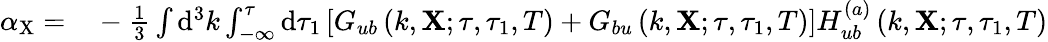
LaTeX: \begin{array}{rl}{\alpha_{\mathrm{X}}=}&{{}-\frac{1}{3}\int\mathrm{d}^{3}k\int_{-\infty}^{\tau}\mathrm{d}\tau_{1}\left[G_{ub}\left(k,\mathbf{X};\tau,\tau_{1},T\right)+G_{bu}\left(k,\mathbf{X};\tau,\tau_{1},T\right)\right]H_{ub}^{(a)}\left(k,\mathbf{X};\tau,\tau_{1},T\right)}\end{array}